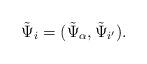
LaTeX: \begin{align*}\tilde \Psi_i = (\tilde \Psi_{{\alpha}}, \tilde \Psi_{{i'}}).\end{align*}